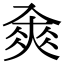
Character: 𠓵